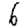
Digit: 6